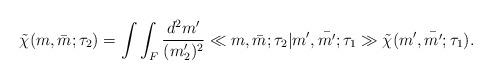
LaTeX: \begin{align*}\tilde{\chi}(m,\bar{m};\tau_{2})=\int\int_{F}\frac{d^{2}m'}{(m'_{2})^{2}}\ll m,\bar{m};\tau_{2}|m',\bar{m'};\tau_{1}\gg\tilde{\chi}(m',\bar{m'};\tau_{1}).\end{align*}